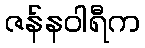
ဇန်နဝါရီက